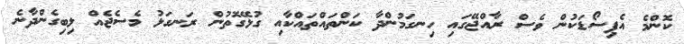
ކޮންމެ އެޕިސޯޑަކުން ވެސް ރާއްޖޭގައި ހިނގަމުންދާ ކަންތައްތައްކާއި ގުޅޭގޮތުން ރަނގަޅު މެސެޖެއް ލިބިގެންދާނެ